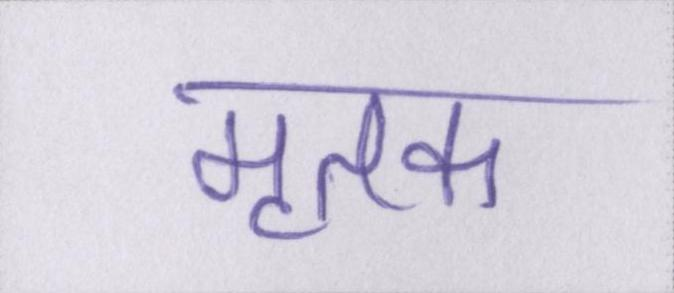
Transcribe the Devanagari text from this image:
मृतक